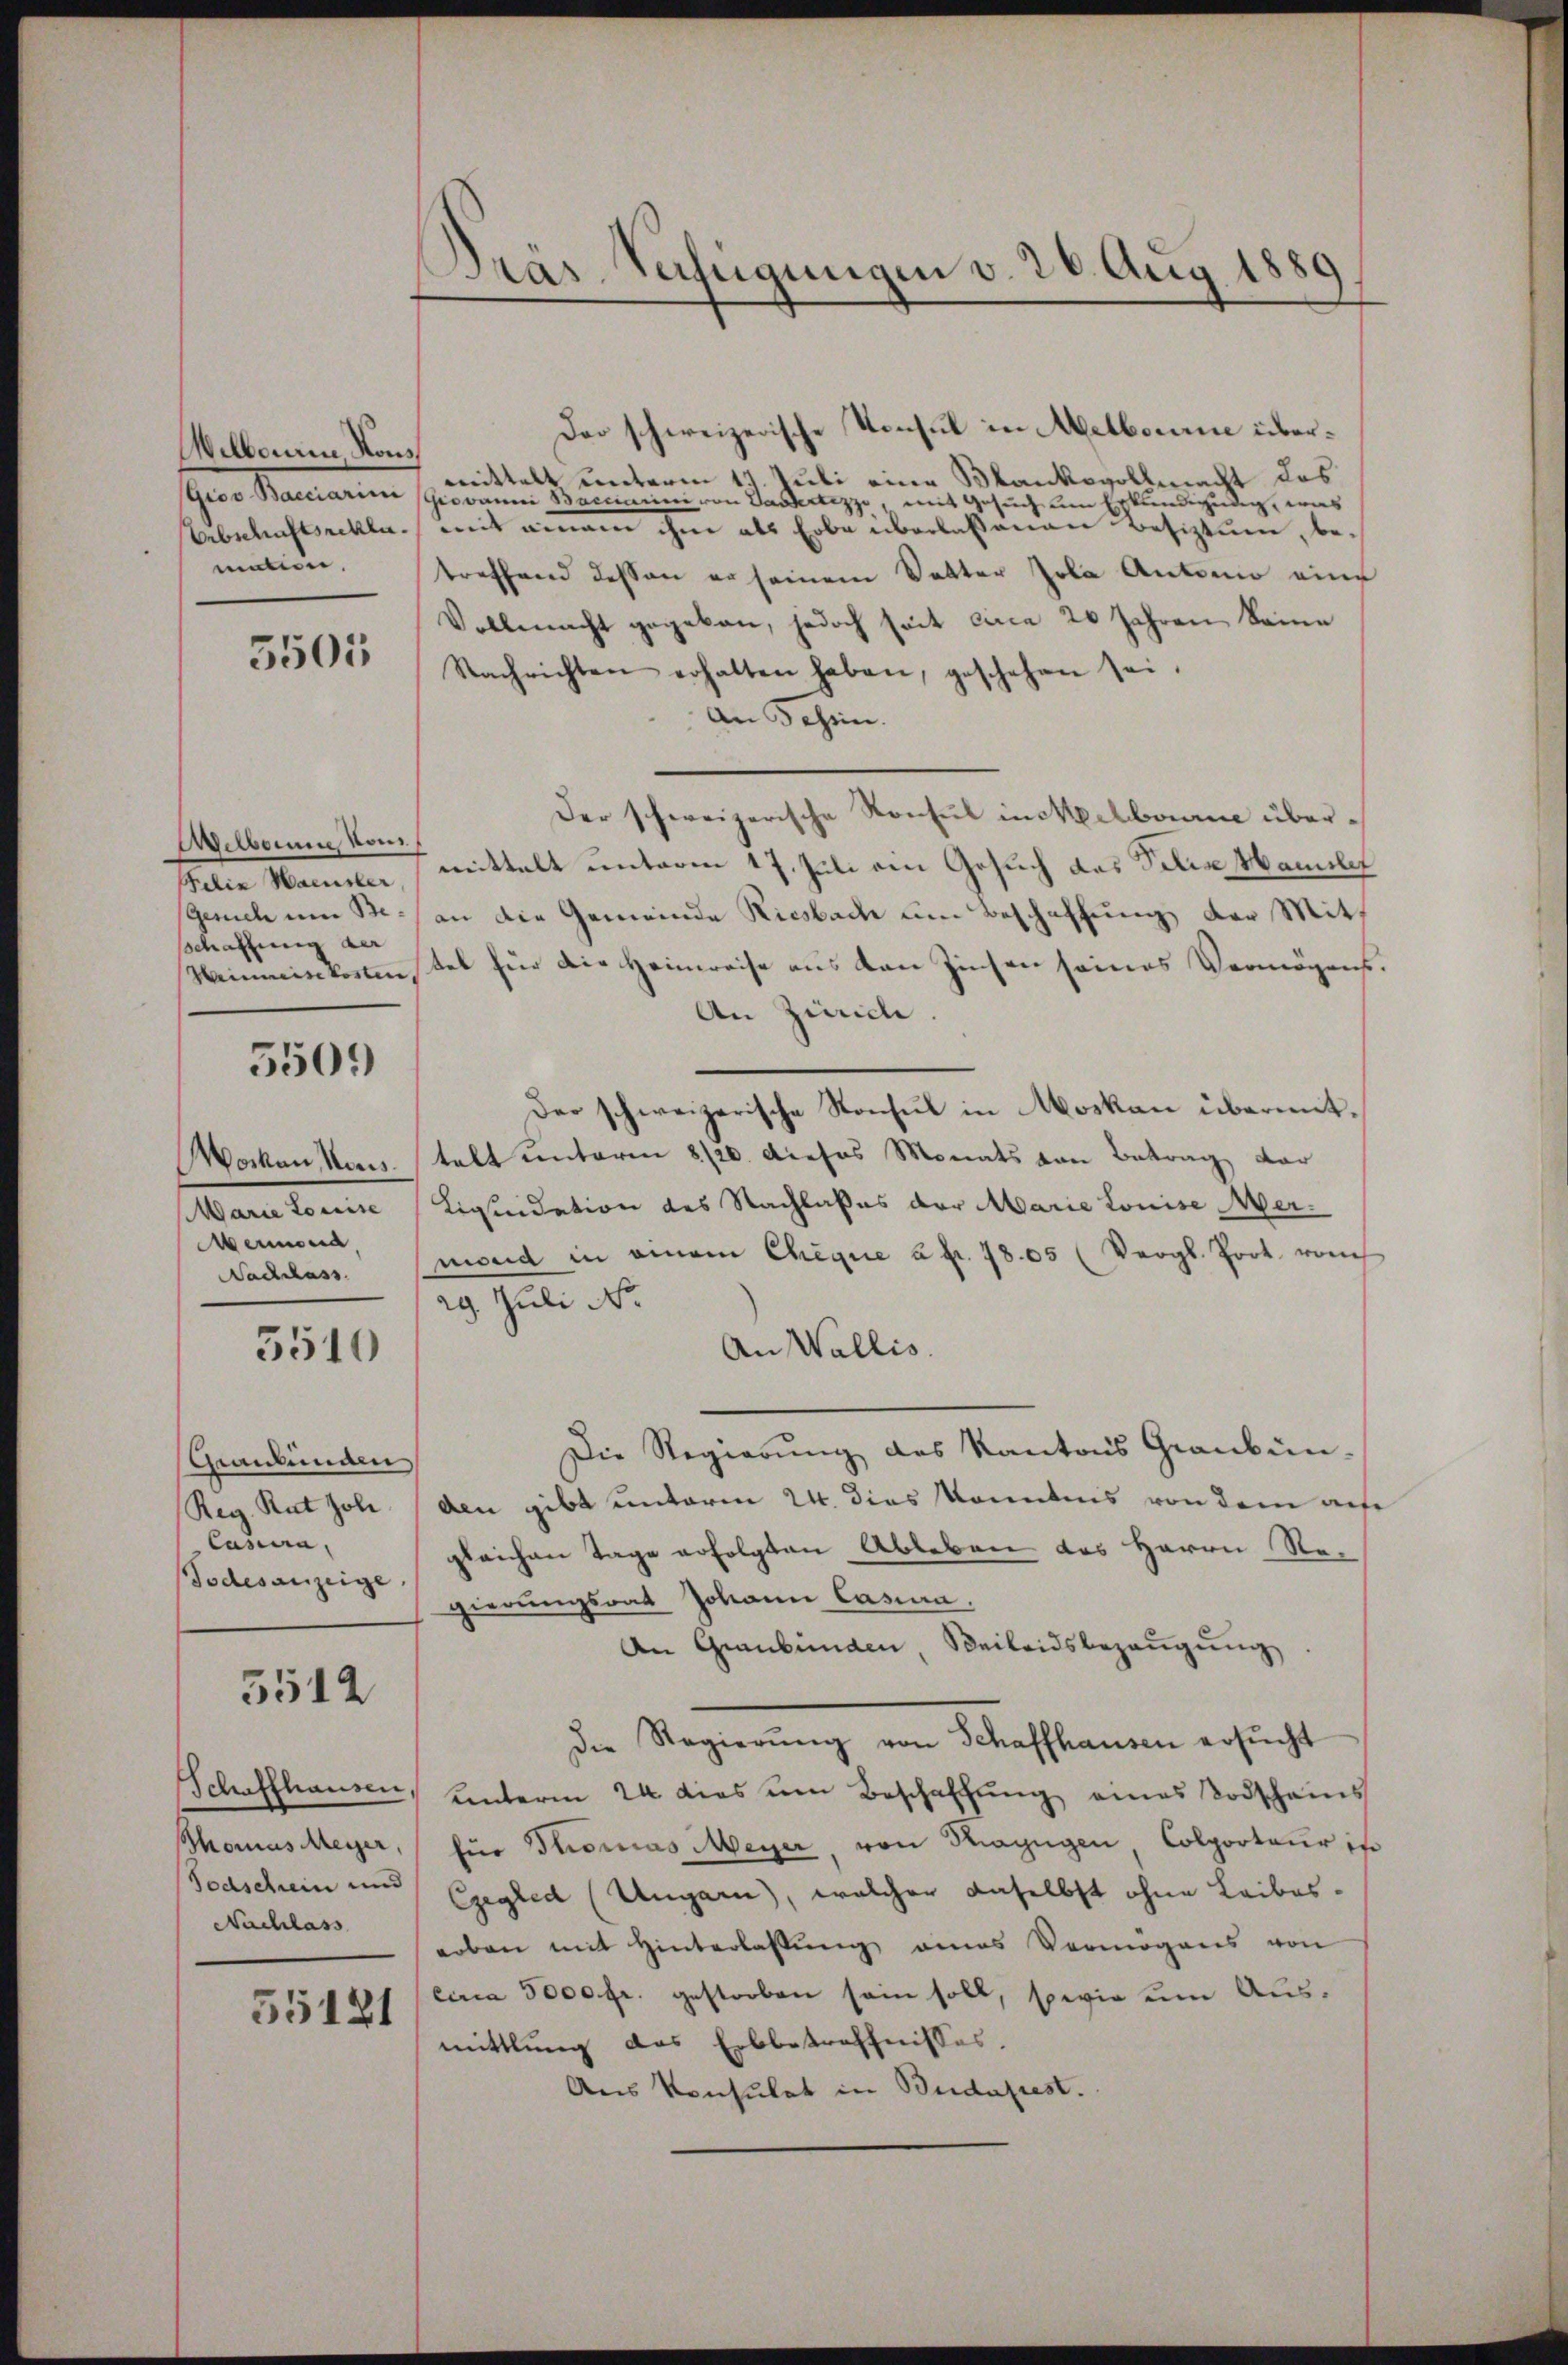
Welben in Kons
mation.

5505

Welben vom
schaffung der

5509)

Merord
Nachlass

3510

Geandlungen
Casina,
Todesanzeige.

5512

Nachlass

55121

Präs. Verfügungen v. 26. Aug. 1
3

Dar schweizerische Konsul in Melborne über¬
Groo Banarim J. mittelt unterm 19. Juli eine Blankovollmacht des
Giovanni Baccinini von Gardertezzo, mit Gesuch um Erkundigung, was
Bebschaftseckle, mit einem ihm als Erbe überlaßenen Besiztung, betreffend dessen er seinem Vetter sola Antonio eine
Vollmacht gegeben, jedoch seit circa 20 Jahren keine
Nachrichten erhalten haben, geschehen sei.
An Schein.
Der schweizerische Konsul in Melborne über¬
Felix Mammler, mittelt unterm 17. Juli ein Gesuch das Felix Mamili
sGerich um Be:/ an die Gemeinde Riesbach um Beschaffung der Mit¬
Neimisekostenstel für die Heimreise aus den Zinsen seines Vermögens.
An Zürich
Der schweizerische Konsul in Moskau übermit¬
Wocken Mannstalt unterm 8/20. dieses Monats von Betrag dar
Marie Louise Liquidation des Nachlaßes der Marie Louise ermond in einem Chique à pr. 1805 (Vergl. Port. vom
29. Juli No
An Wallis.
Die Regierung des Kantons Graubün-
Reg. Rat Joh (den gibt unterm 24. dies Kenntnis von dem aufe
gleichen Tage erfolgten Ableben des Herrn Regierungsrat Johann Casina.
An Graubünden Beileidsbezeugung
die Regierŭng von Schaffhausen ersŭcht
Schaffhausen, unterm 24. dies um Beschaffung eines Todscheins
Thomas Meyer, für Thomas Meyer, von Mayngen Colporteur in
Todschein und Gregled (Ungarn, welcher daselbst ohne Leibes¬
Leben mit Hinterlassung eines Vermögens von
circa 5000 fr. gestorben sein soll, sowie um Ausmittlung das Erbbetreffnisses.
Aus Konsulat in Budapest.